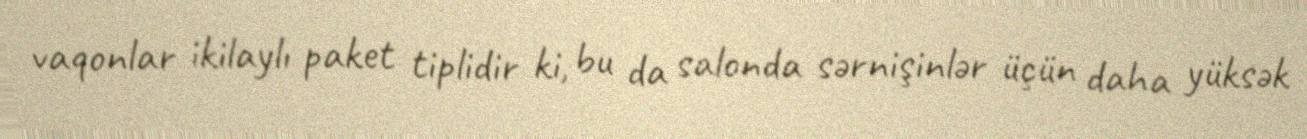
vaqonlar ikilaylı paket tiplidir ki, bu da salonda sərnişinlər üçün daha yüksək